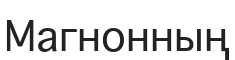
Магнонның